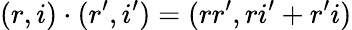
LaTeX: (r,i)\cdot(r^{\prime},i^{\prime})=(rr^{\prime},ri^{\prime}+r^{\prime}i)